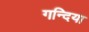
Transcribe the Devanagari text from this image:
गन्दिया